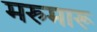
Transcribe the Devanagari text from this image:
मरुमारू